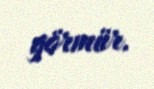
görmür.